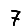
Digit: 7